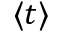
\langle t \rangle